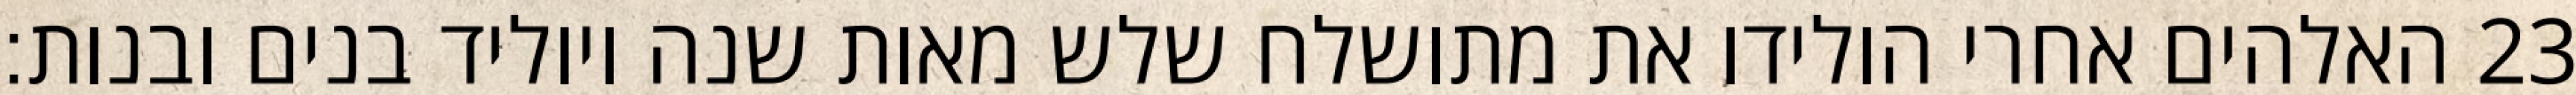
האלהים אחרי הולידו את מתושלח שלש מאות שנה ויוליד בנים ובנות׃ ‎23‏